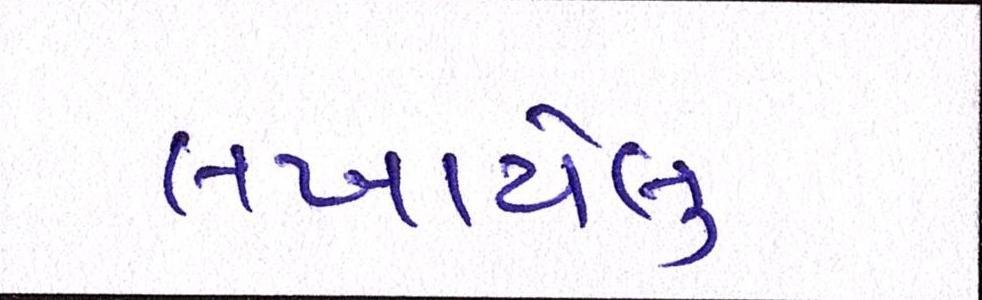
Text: લખાયેલુ